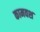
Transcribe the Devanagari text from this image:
कामवश